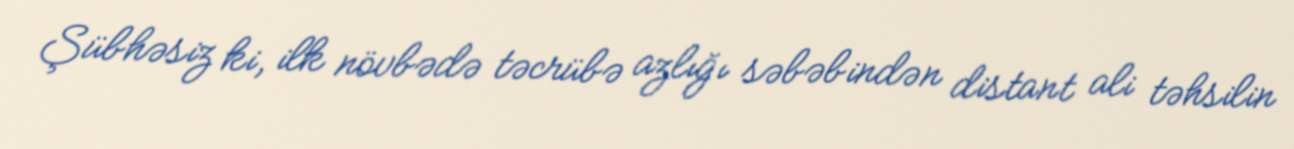
Şübhəsiz ki, ilk növbədə təcrübə azlığı səbəbindən distant ali təhsilin